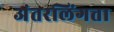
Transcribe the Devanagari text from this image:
अंतरलिंगता